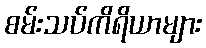
စမ်းသပ်ကိရိယာများ